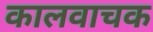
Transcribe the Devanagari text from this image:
कालवाचक